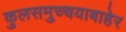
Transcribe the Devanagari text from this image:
कुलसमुच्चयाबाहेर